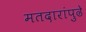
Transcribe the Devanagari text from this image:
मतदारांपुढे